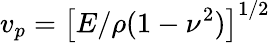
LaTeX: v_{p}=\left[E/\rho(1-\nu^{2})\right]^{1/2}